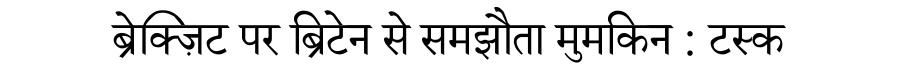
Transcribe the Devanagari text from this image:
ब्रेक्ज़िट पर ब्रिटेन से समझौता मुमकिन : टस्क